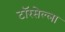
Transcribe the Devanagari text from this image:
टॉरसेल्ला